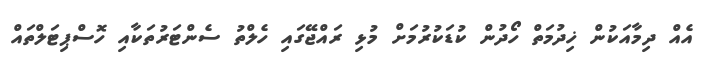
އެއް ދިމާއަކުން ޚިދުމަތް ހޯދުން ކުޑަކުރުމަށް މުޅި ރައްޖޭގައި ހެލްތު ސެންޓަރުތަކާއި ހޮސްޕިޓަލްތައް